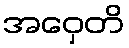
အဝှေတိ